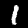
Digit: 1